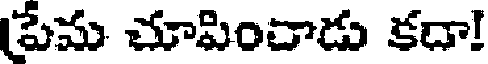
పేమ చూపించాడు కదా!